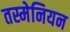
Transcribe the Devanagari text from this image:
तस्मेनियन